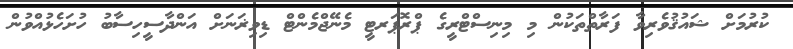
ކުރުމަށް ޝައުޤުވެރިވާ ފަރާތްތަކުން މި މިނިސްޓްރީގެ ޕްރޮޕަރޓީ މެނޭޖްމެންޓް ޑިވިޜަނަށް އަންދާސީހިސާބު ހުށަހެޅުއްވުން